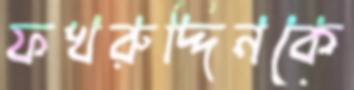
ফখরুদ্দিনকে